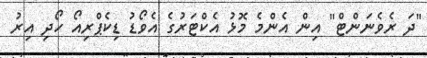
"ދަ ރެވެނަންޓް" އިން އެންމެ މޮޅު އެކްޓަރުގެ އެވޯޑު ޑިކެޕްރިއޯ ހޯދި އިރު